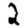
Digit: 2